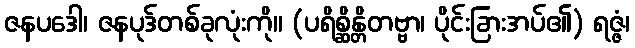
ဇနပဒေါ၊ ဇနပုဒ်တစ်ခုလုံးကို။ (ပရိစ္ဆိန္တိတဗ္ဗာ၊ ပိုင်းခြားအပ်၏) ရဇ္ဇံ၊